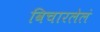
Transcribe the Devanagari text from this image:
विचारलेलं